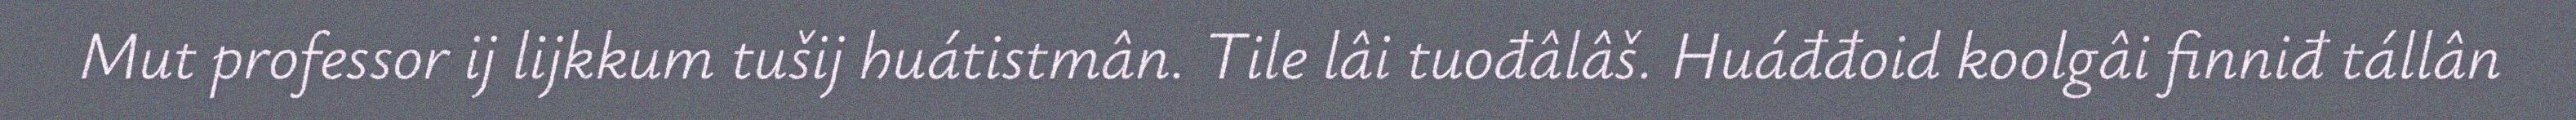
Mut professor ij lijkkum tušij huátistmân. Tile lâi tuođâlâš. Huáđđoid koolgâi finniđ tállân